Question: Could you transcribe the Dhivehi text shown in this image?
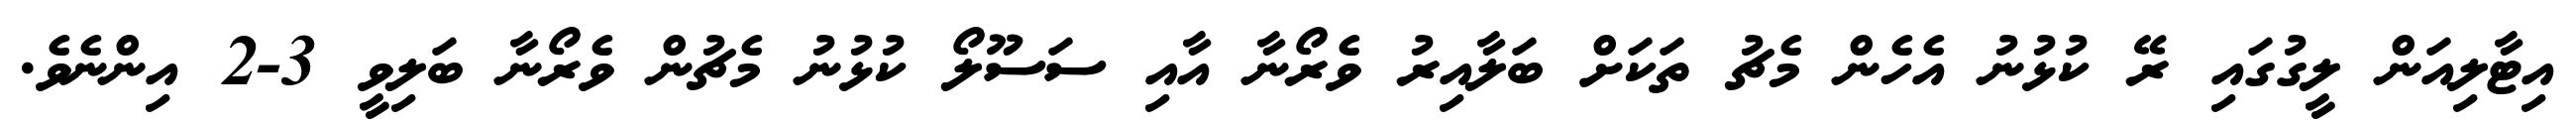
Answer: އިޓާލިއަން ލީގުގައި ރޭ ކުޅުނު އެހެން މެޗު ތަކަށް ބަލާއިރު ވެރޯނާ އާއި ސަސޫލޯ ކުޅުނު މެޗުން ވެރޯނާ ބަލިވީ 3-2 އިންނެވެ.